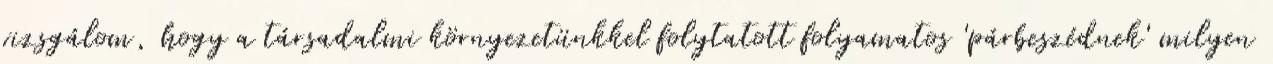
vizsgálom, hogy a társadalmi környezetünkkel folytatott folyamatos 'párbeszédnek' milyen